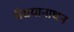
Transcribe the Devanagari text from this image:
वैद्ययानाथन